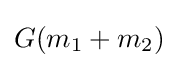
G(m_{1}+m_{2})